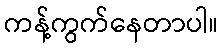
ကန့်ကွက်နေတာပါ။